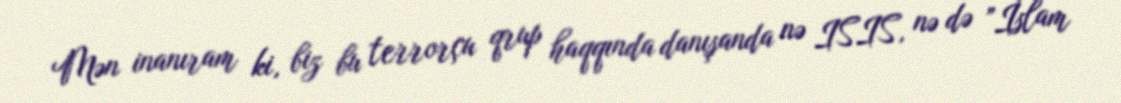
Mən inanıram ki, biz bu terrorçu qrup haqqında danışanda nə ISIS, nə də ”İslam